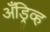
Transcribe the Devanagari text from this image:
अँड्रिव्ह